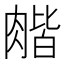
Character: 𦞉